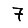
Digit: 7